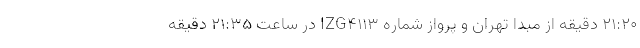
۲۱:۲۰ دقیقه از مبدا تهران و پرواز شماره IZG۴۱۱۳ در ساعت ۲۱:۳۵ دقیقه